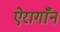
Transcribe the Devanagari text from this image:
ऐरागाँन